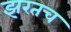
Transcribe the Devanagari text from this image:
झरतच